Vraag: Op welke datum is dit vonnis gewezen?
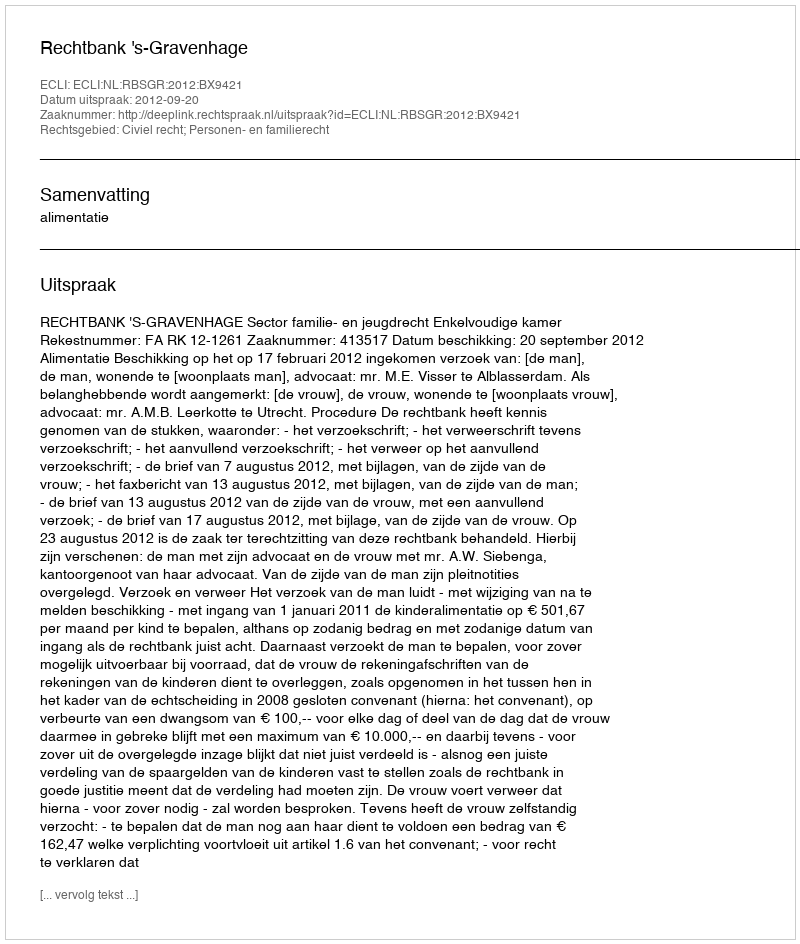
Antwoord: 2012-09-20